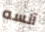
آنسه